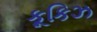
કૂકિઝ